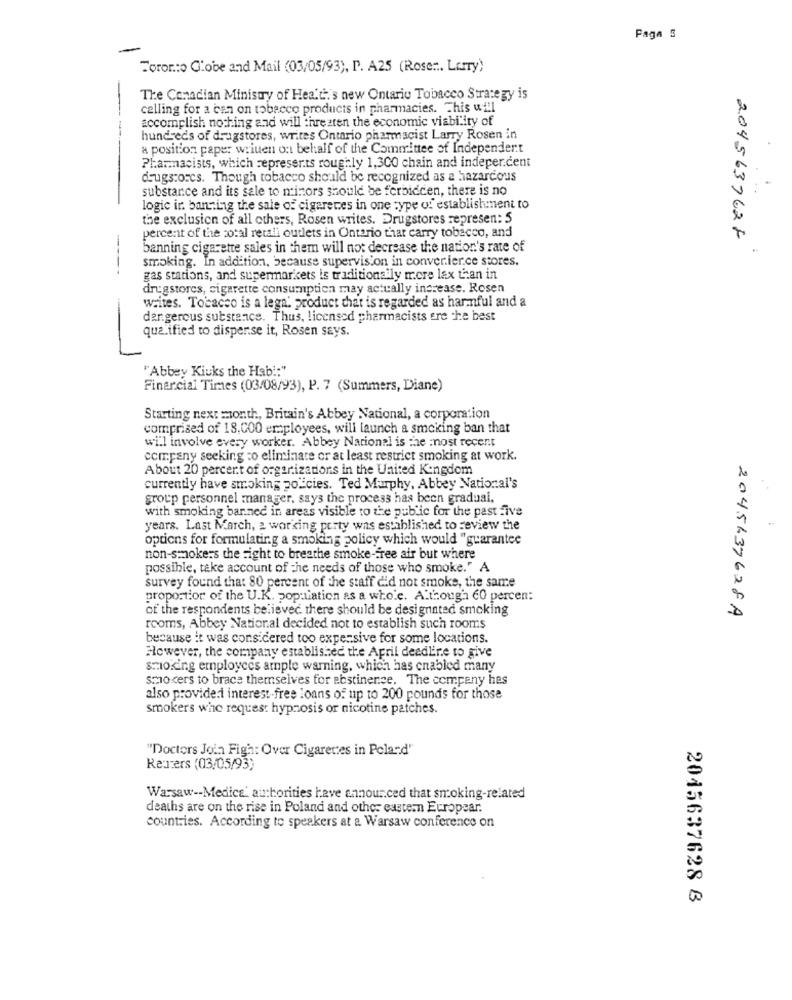
Paga S
Foror:o C'obe and Mail (03/05/93), P. A25 (Rose ::. Larry)
The Canadian Ministry of Hez'c.'s new Ontario Tobacco Strategy is
calling for a can on tobacco products in pharmacies. This will
accomplish nothing and will threaten the economic viability of
hundreds of drugstores, writes Ontario pharmacist Larry Rosen in
a position paper wriuen on behalf of the Committee of Independent
Pharmacists, which represents roughly 1,300 chain and indeper cent
drugs:orcs. Though tobacco should be recognized as a hazardous
substance and its sale to minors should be forbidden, there is no
..
logic ir. banning the sale of cigarettes in one type of establishment to
the exclusion of all others, Rosen writes. Drugstores represen: 5
percent of the cotal retali outlets in Ontario that carry tobacco, and
2045637628
banning cigarette sales in them will not decrease the nation's rate of
smoking. In addition, because supervision in conver.ier.ce stores.
gas stations, and supermarkets is traditionally more lax than in
drugstores, cigarette consumption may actually increase. Rosen
writes. Tobacco is a lega. product that is regarded as harmful and a
dar gerous substance. Thus, licensed pharmacists ere the best
qualified to disperse it, Rosen says.
"Abbey Kiuks the Hab !: "
Financial Times (03/08/93), P. 7 (Summers, Diane)
Starting next month, Britain's Abbey National, a corporation
comprised of 18.000 employees, will launch a smoking ban that
will involve every worker. Abbey National is the most recent
company seeking to eliminate or at least restrict smoking at work.
About 20 percent of organizations in the United Kingdom
currently have smoking po. cies. Ted Murphy, Abbey National's
group personnel manager, says the process has been gradual.
with smoking banned in areas visible to the public for the past five
years. Last March, a working porty was established to review the
options for formulating a smoking policy which would "guarantee
non-smokers the fight to breathe smoke-free air but where
possible, take account of the needs of those who smoke." A
survey found that 80 percent of the staff did not smoke, the same
proportion of the U.K. population as a whole. Although 60 percen:
of the respondents believed there should be designated smoking
2045137628A
rooms, Abbey National decided not to establish such rooms
because it was considered too expensive for some locations.
However, the company established the April deadline to give
smoking employees ample warning, which has enabled many
smokers to brace themselves for abstinence. The company has
also provided interest-free loans of up to 200 pounds for those
smokers whe request hypnosis or nicotine patches.
"Doctors Join Figh: Over Cigarettes in Poland"
Reuters (03/05/93)
Warsaw -- Medics' authorities have announced that smoking-related
deaths are on the rise in Poland and other eastern Europear.
countries. According to speakers at a Warsaw conference on
2015637628 8